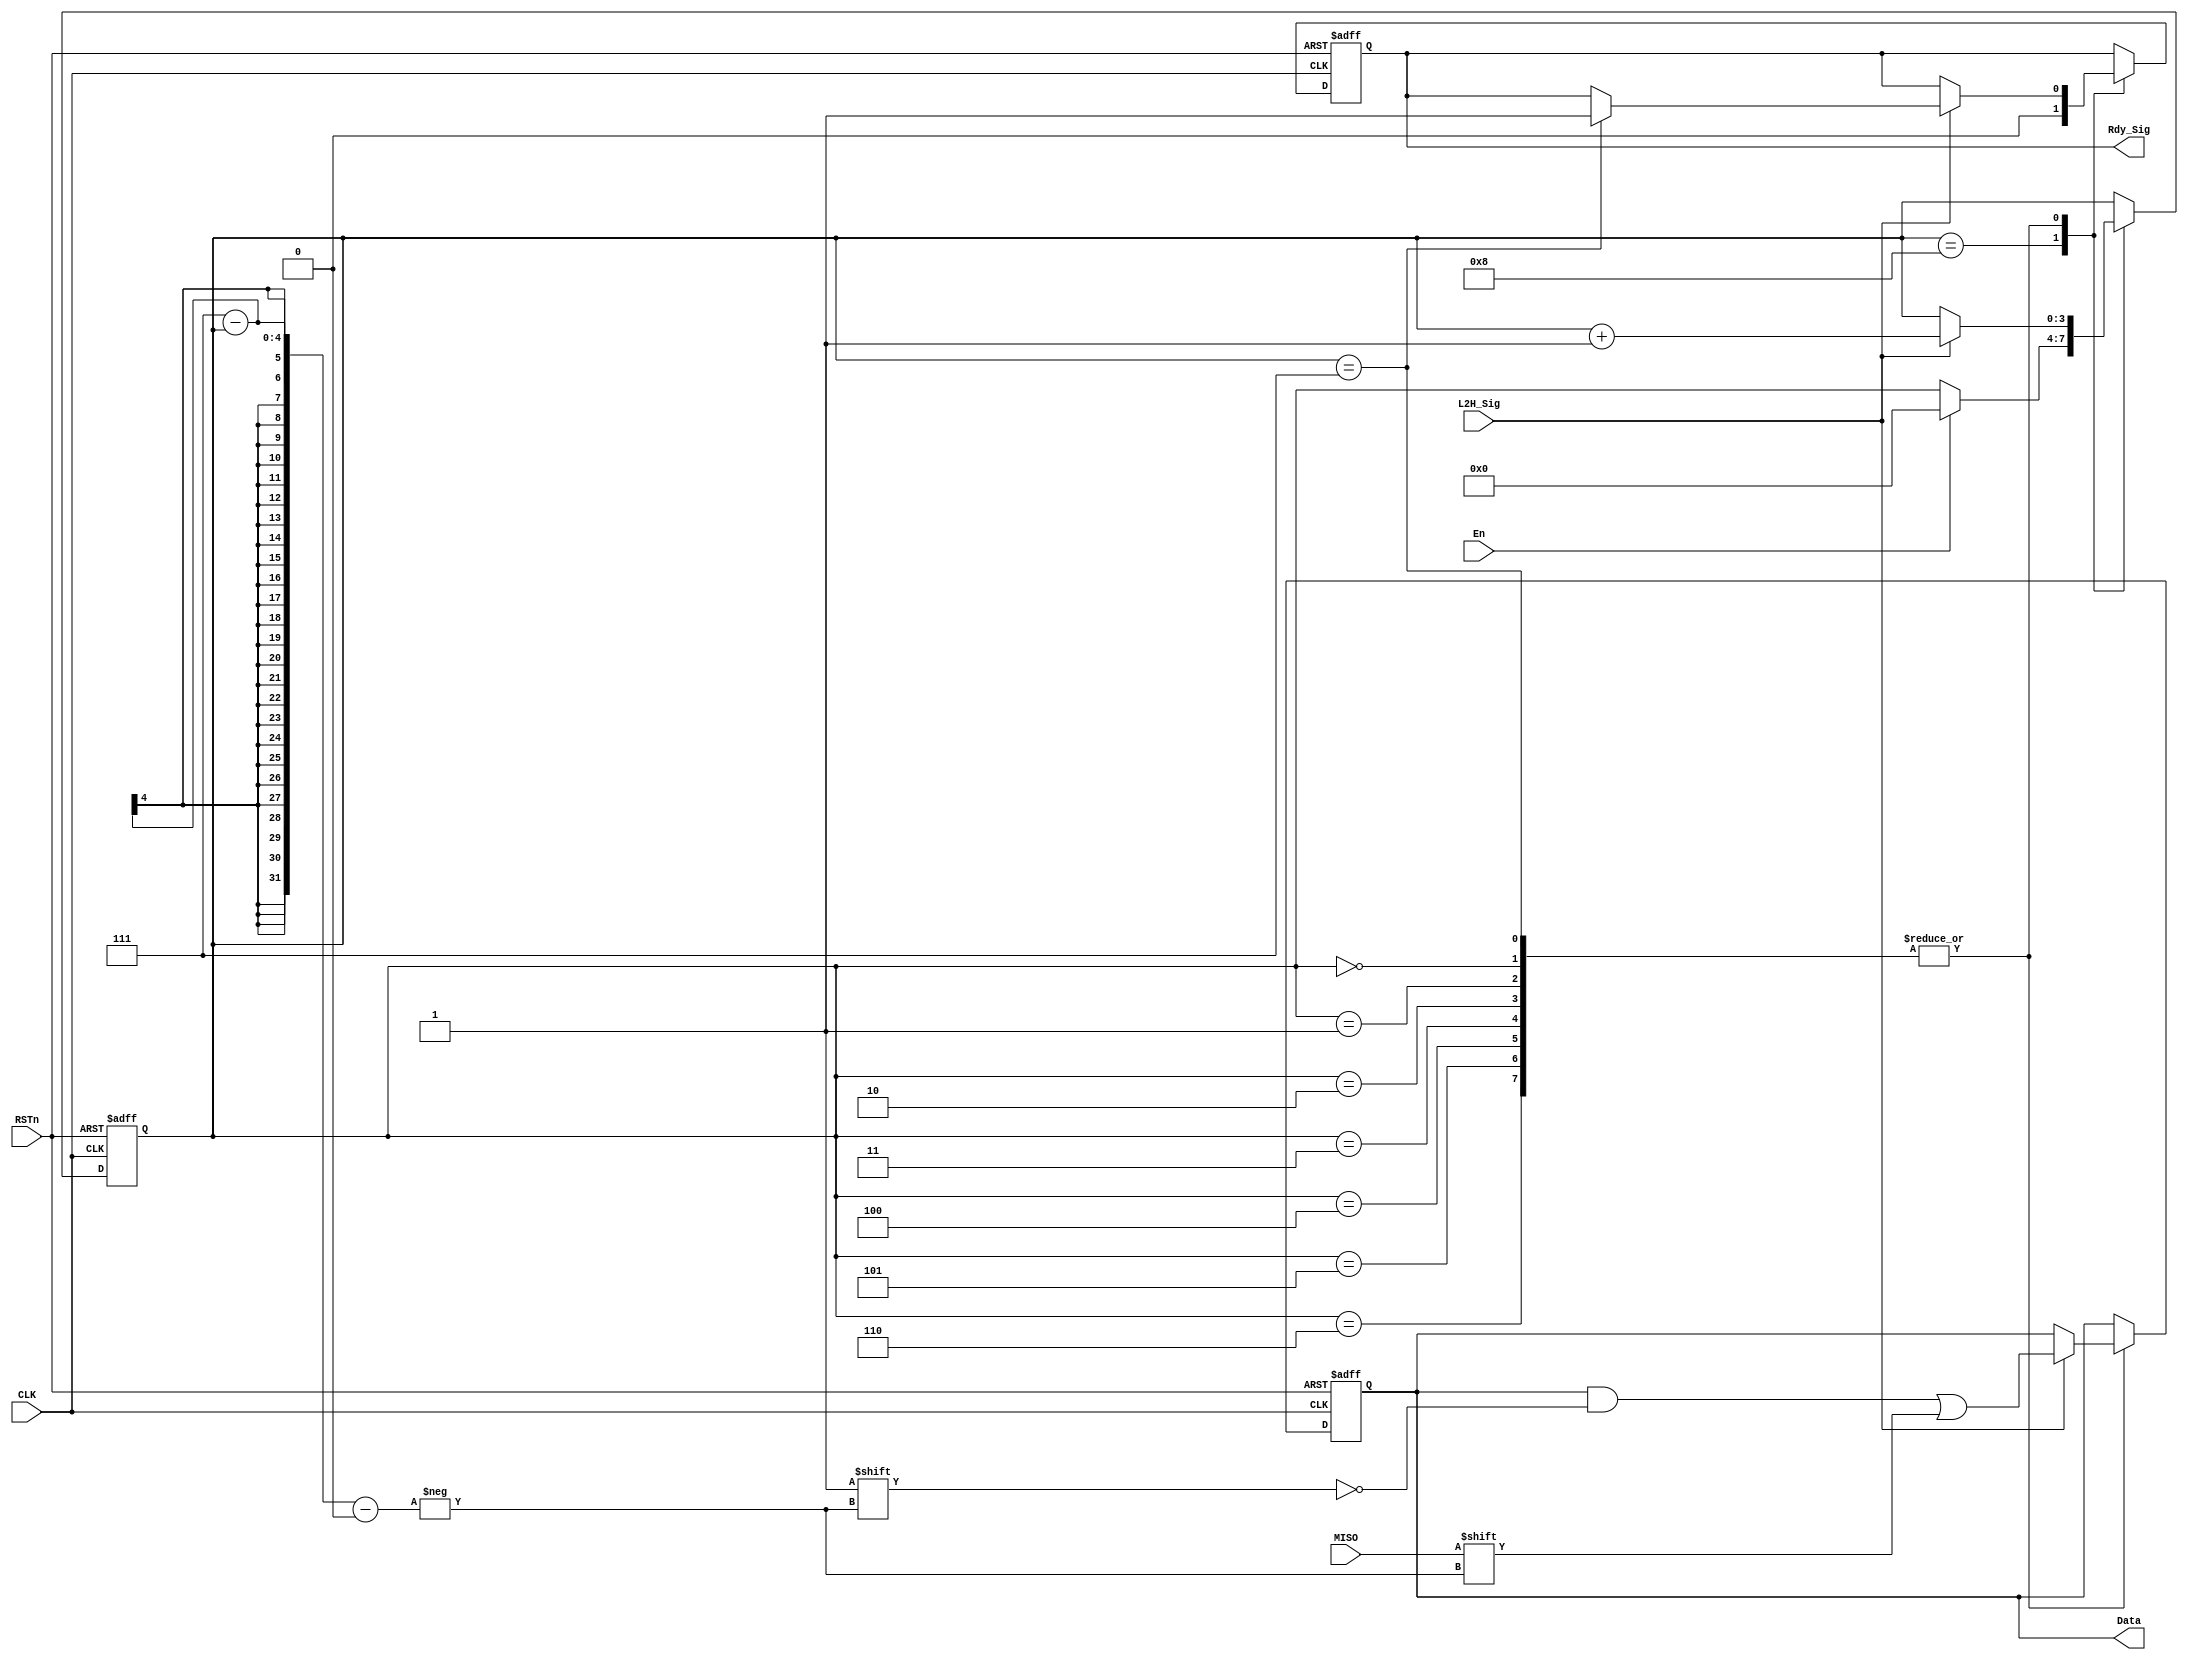
/**********************DAMMSTANGER COPYRIGHT @2016************************/	
//SPI_Rx_module
//
//	 dammstanger
//	 20160805
/*************************************************************************/	
module SPI_Rx_module 
(
    CLK, RSTn, MISO, En, L2H_Sig, Rdy_Sig, Data
);
   input CLK;
	 input RSTn;
	 input MISO;
	 input En;
	 input L2H_Sig;
	 output Rdy_Sig;
	 output [7:0]Data;
	 
	 /**********************************/
	 reg [7:0]rData;
	 reg rRdy_Sig;
	 reg [3:0]sta;
	 /**********************************/
always @ ( posedge CLK or negedge RSTn )
	if( !RSTn )begin
		sta <= 4'd8;
		rData <= 1'b0;
		rRdy_Sig <= 1'b0;
	end
	else begin
		case(sta)
		4'd8:begin
			rRdy_Sig <= 1'b0;
			if(En)begin						//
				sta <= 1'b0;
			end
		end
		4'd0,4'd1,4'd2,4'd3,4'd4,4'd5,4'd6,4'd7:begin
			if(L2H_Sig)begin
				rData[7-sta] <= MISO;
				sta <= sta +1'b1;
				if(sta==4'd7)
					rRdy_Sig <= 1'b1;
			end
		end
		endcase
	end
assign Rdy_Sig = rRdy_Sig;		
//assign Data = rRdy_Sig? rData:8'b0;
assign Data = rData;
	 /***********************************/
	 
endmodule